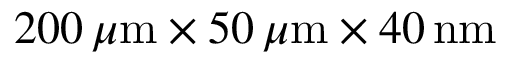
2 0 0 \, \mu \mathrm { m } \times 5 0 \, \mu \mathrm { m } \times 4 0 \, \mathrm { n m }